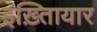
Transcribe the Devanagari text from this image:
इख़्तिायार